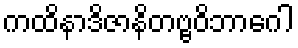
ကထိနာဒိဇာနိတဗ္ဗဝိဘာဂေါ